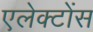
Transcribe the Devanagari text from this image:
एलेक्टोंस